Annual report of the Bengal Veterinary College and of the Civil Veterinary Department, Bengal, for the year 1918-19 - 1918-1919
Year: 1918
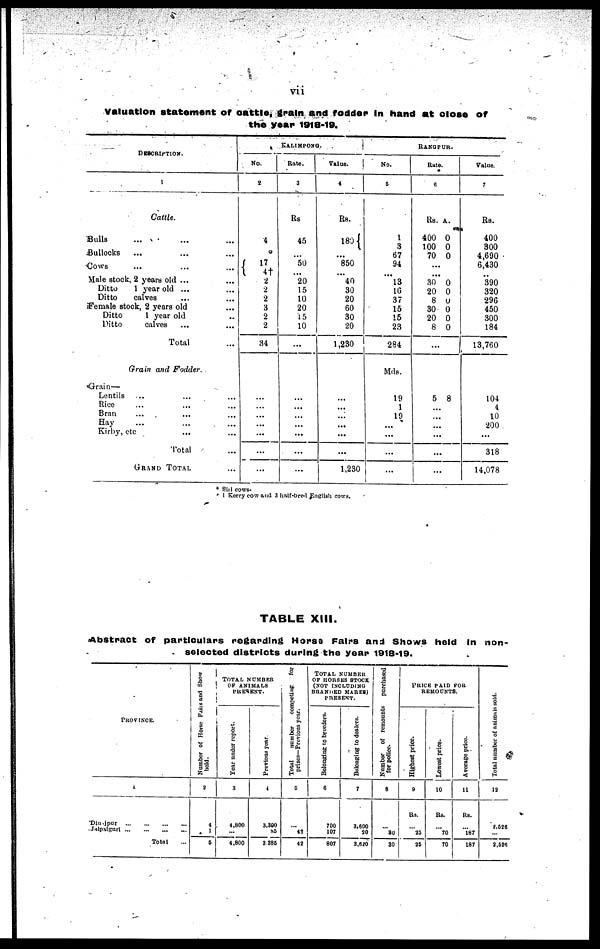
vii
valuation statement of cattle, grain and fodder in hand at close of
the year 1918-19.
DESCRIPTION.
1
Cattle.
Bulls ... ... ...
Bullocks ... ... ...
Cows ... ... ...
Male stock, 2 years old ... ...
Ditto
1 year old ... ...
Ditto
calves ... ...
Female stock, 2 years old ...
Ditto
1 year old ..
Ditto
calves ... ...
Total ...
Grain and Fodder.
Grain—
Lentils .. ... ...
Rice ... ... ...
Bran ... ... ...
Hay ... ... ...
Kithy, etc ... ...
Total ...
GRAND TOTAL ...
No.
2
4
17
4† 2
2
2
3
2
2
34
...
...
...
...
...
...
...
KALIMPONG.
Rate.
3
Rs
45
...
50
20
15
10
20
15
10
...
...
...
...
...
...
...
...
Value.
4
Rs.
180
...
850
40
30
20
60
30
20
1,230
...
...
...
...
...
...
1,230
No.
5
1
3
67
94
13
16
37
15
15
23
294
Mds.
19
1
19
...
...
...
...
RANGPUR.
Rate.
6
Rs. A.
400 0
100 0
70 0
...
30 0
20 0
8 0
30 0
20 0
8 0
...
5 8
...
...
...
...
...
...
Value.
7
Rs.
400
300
4,690
6,430
390
320
296
450
300
184
13,760
104
4
10
200
...
318
14,078
* Siri cows.
τ 1 Kerry cow and 3 half-bred English cows.
TABLE XIII.
Abstract of particulars regarding Horse Fairs and Shows held in non-
selected districts during the year 1918-19.
PROVINCE.
1
Dinajpur
...
...
...
...
Jalpaiguri
...
...
...
...
Total ...
Number of Horse Fairs
and Show
held.
2
4
1
5
TOTAL NUMBER
OF ANIMALS PRESENT.
Year
under report.
3
4,800
...
4,800
Previous year
4
3,300
85
3 385
Total
number
competing
for
prizes—Previous year.
5
...
42
42
TOTAL NUMBER
OF HORSES STOCK
(NOT INCLUDING
BRANDED MARES)
PRESENT.
Belonging
to breeders.
6
700
107
807
Belonging
to dealers.
7
3,600
20
3,620
Number of remounts purchased
for police.
8
...
30
30
PRICE PAID FOR
REMOUNTS.
Highest price.
9
Rs.
...
25
25
Lowest price.
10
Rs.
...
70
70
Average price.
11
Rs.
...
187
187
Total number of animals sold.
12
2,526
...
2,526